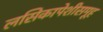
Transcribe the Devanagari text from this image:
लसिकापेशीसमूह